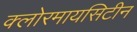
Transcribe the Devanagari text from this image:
क्लोरमायसिटीन